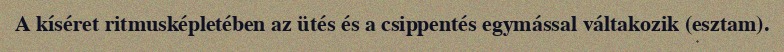
A kíséret ritmusképletében az ütés és a csippentés egymással váltakozik (esztam).